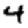
Digit: 4